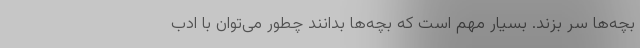
بچه‌ها سر بزند. بسیار مهم است که بچه‌ها بدانند چطور می‌توان با ادب